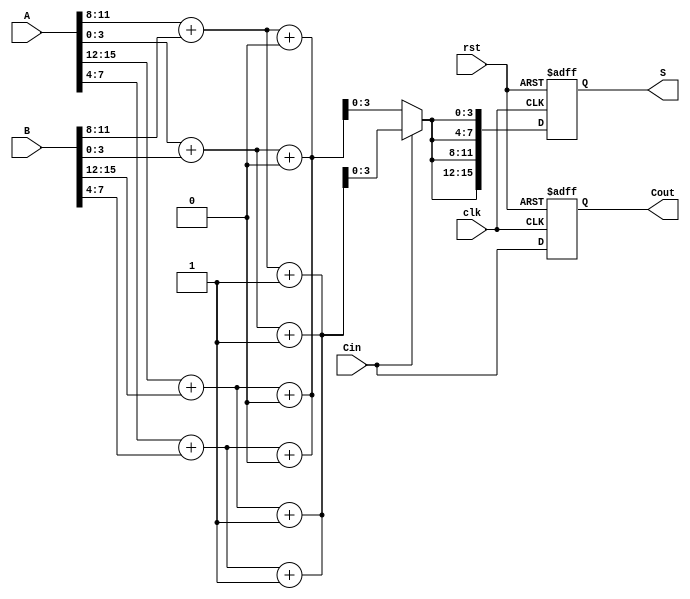
module PipelinedCarrySelectAdder #(parameter n = 16, parameter m = 4) (
    input wire [n-1:0] A,
    input wire [n-1:0] B,
    input wire Cin,
    input wire clk,
    input wire rst,
    output reg [n-1:0] S,
    output reg Cout
);

    localparam k = n / m; // Number of segments

    // Intermediate signals
    wire [m-1:0] sum0, sum1, sum_out [0:k-1];
    wire carry_out0, carry_out1, carry_out [0:k-1];
    reg [k-1:0] sel;

    // Generate carry select adder logic for each segment
    genvar i;
    generate
        for (i = 0; i < k; i = i + 1) begin : CSA_segment
            // Inputs to the segment
            wire [m-1:0] A_seg = A[(i*m + m - 1) -: m];
            wire [m-1:0] B_seg = B[(i*m + m - 1) -: m];

            // Carry select logic - compute both cases
            assign {carry_out0, sum0} = A_seg + B_seg + 1'b0; // case: Cin = 0
            assign {carry_out1, sum1} = A_seg + B_seg + 1'b1; // case: Cin = 1

            // Register the output carry for the next stage
            if (i == 0) begin
                assign carry_out[i] = Cin; // For the least significant segment
            end else begin
                assign carry_out[i] = carry_out[i-1];
            end

            // Select the appropriate sum based on the carry
            always @* begin
                if (carry_out[i]) begin
                    sum_out[i] = sum1;
                end else begin
                    sum_out[i] = sum0;
                end
            end

            // Register carry out for the next stages
            always @(posedge clk or posedge rst) begin
                if (rst) begin
                    sel[i] <= 0;
                end else begin
                    sel[i] <= carry_out[i];
                end
            end
        end
    endgenerate

    // Final output calculation and pipelining
    always @(posedge clk or posedge rst) begin
        if (rst) begin
            S <= 0;
            Cout <= 0;
        end else begin
            // Combine segment sums for the final sum output
            S <= {sum_out[k-1], sum_out[k-2], sum_out[k-3], sum_out[k-4]}; // Adjust based on k and spacing
            
            // Compute final carry out based on last segment's carry
            Cout <= carry_out[k-1];
        end
    end

endmodule